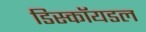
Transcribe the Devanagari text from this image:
डिस्कॉयडल